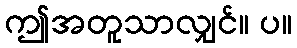
ဤအတူသာလျှင်။ ပ။